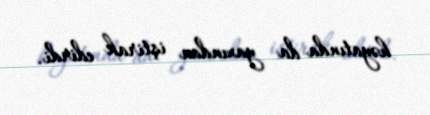
həyatında da yaxından iştirak edirdi.